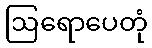
ဩရောပေတုံ